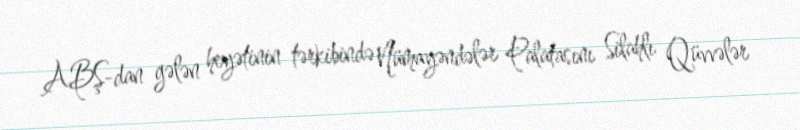
ABŞ-dan gələn heyətinin tərkibində Nümayəndələr Palatasını Silahlı Qüvvələr